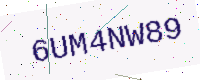
Text: 6UM4NW89